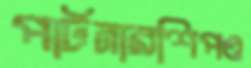
পার্টনারশিপও